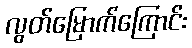
လွတ်မြောက်ကြောင်း